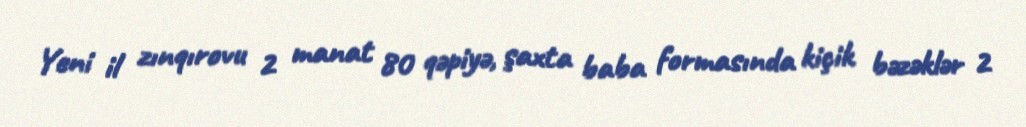
Yeni il zınqırovu 2 manat 80 qəpiyə, şaxta baba formasında kiçik bəzəklər 2